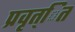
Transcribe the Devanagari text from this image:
प्रवृत्ित